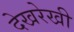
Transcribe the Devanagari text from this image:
देखरेखी